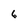
Character: 6